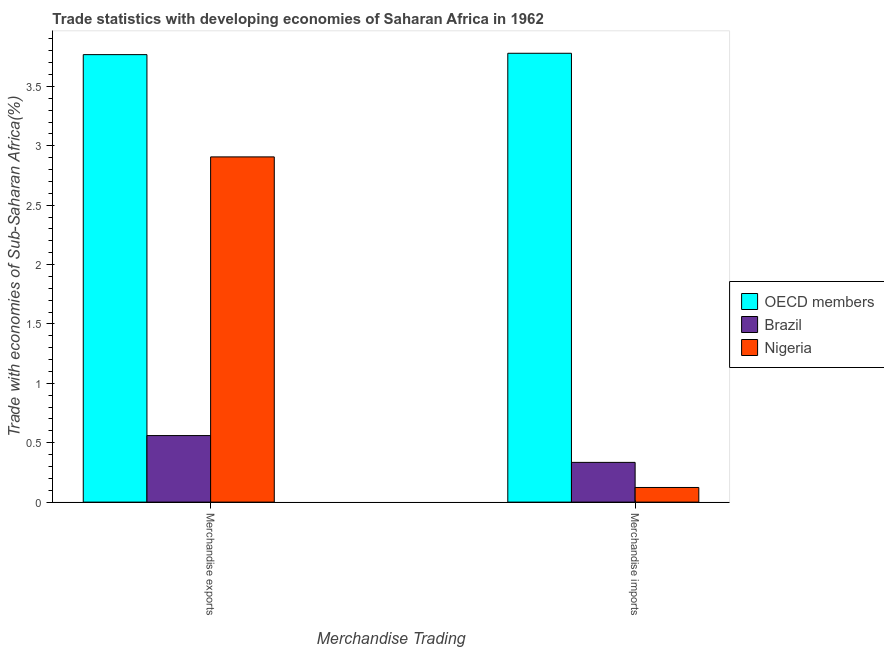
| Merchandise Trading | OECD members | Brazil | Nigeria |
 | --- | --- | --- | --- |
 | Merchandise exports | 3.77 | 0.56 | 2.91 |
 | Merchandise imports | 3.78 | 0.335 | 0.123 |